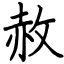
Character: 赦